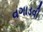
વગાડવી